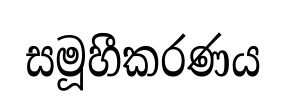
සමූහීකරණය